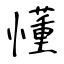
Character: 懂